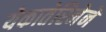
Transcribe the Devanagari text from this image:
येकातेरिनेने